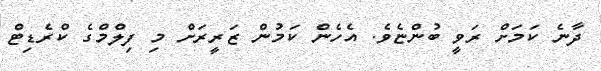
ދާނެ ކަމަށް ރަވީ ބުންޏެވެ. އެހެން ކަމުން ޒަރީރަށް މި ފިލްމްގެ ކްރެޑިޓް